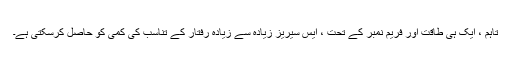
تاہم ، ایک ہی طاقت اور فریم نمبر کے تحت ، ایس سیریز زیادہ سے زیادہ رفتار کے تناسب کی کمی کو حاصل کرسکتی ہے۔